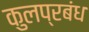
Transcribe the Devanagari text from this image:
कुलप्रबंध